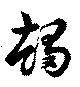
趨